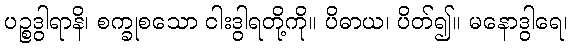
ပဉ္စဒွါရာနိ၊ စက္ခုစသော ငါးဒွါရတို့ကို။ ပိဓာယ၊ ပိတ်၍။ မနောဒွါရေ၊